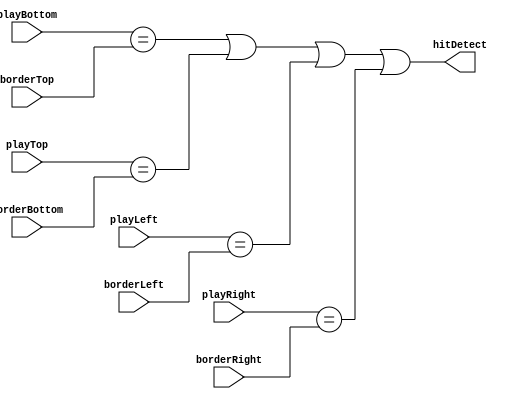
`timescale 1ns / 1ps
//////////////////////////////////////////////////////////////////////////////////
// Company: 
// Engineer: 
// 
// Design Name: 
// Module Name:    HitDetect 
// Project Name: 
// Target Devices: 
// Tool versions: 
// Description: 
//
// Dependencies: 
//
// Revision: 
// Revision 0.01 - File Created
// Additional Comments: 
//
//////////////////////////////////////////////////////////////////////////////////
module HitDetect(playTop,playBottom,playLeft,playRight,borderTop,borderBottom,borderLeft,borderRight,hitDetect);
	input [9:0] playTop;
	input [9:0] playBottom;
	input [9:0] playLeft;
	input [9:0] playRight;
	
	input [9:0] borderTop;
	input [9:0] borderBottom;
	input [9:0] borderLeft;
	input [9:0] borderRight;
	
	
	output hitDetect;
	assign hitDetect = (playBottom == borderTop) | (playTop== borderBottom) | (playLeft == borderLeft) | (playRight == borderRight);

endmodule